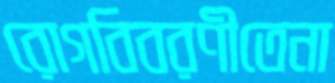
রোগবিবরণীতেনা